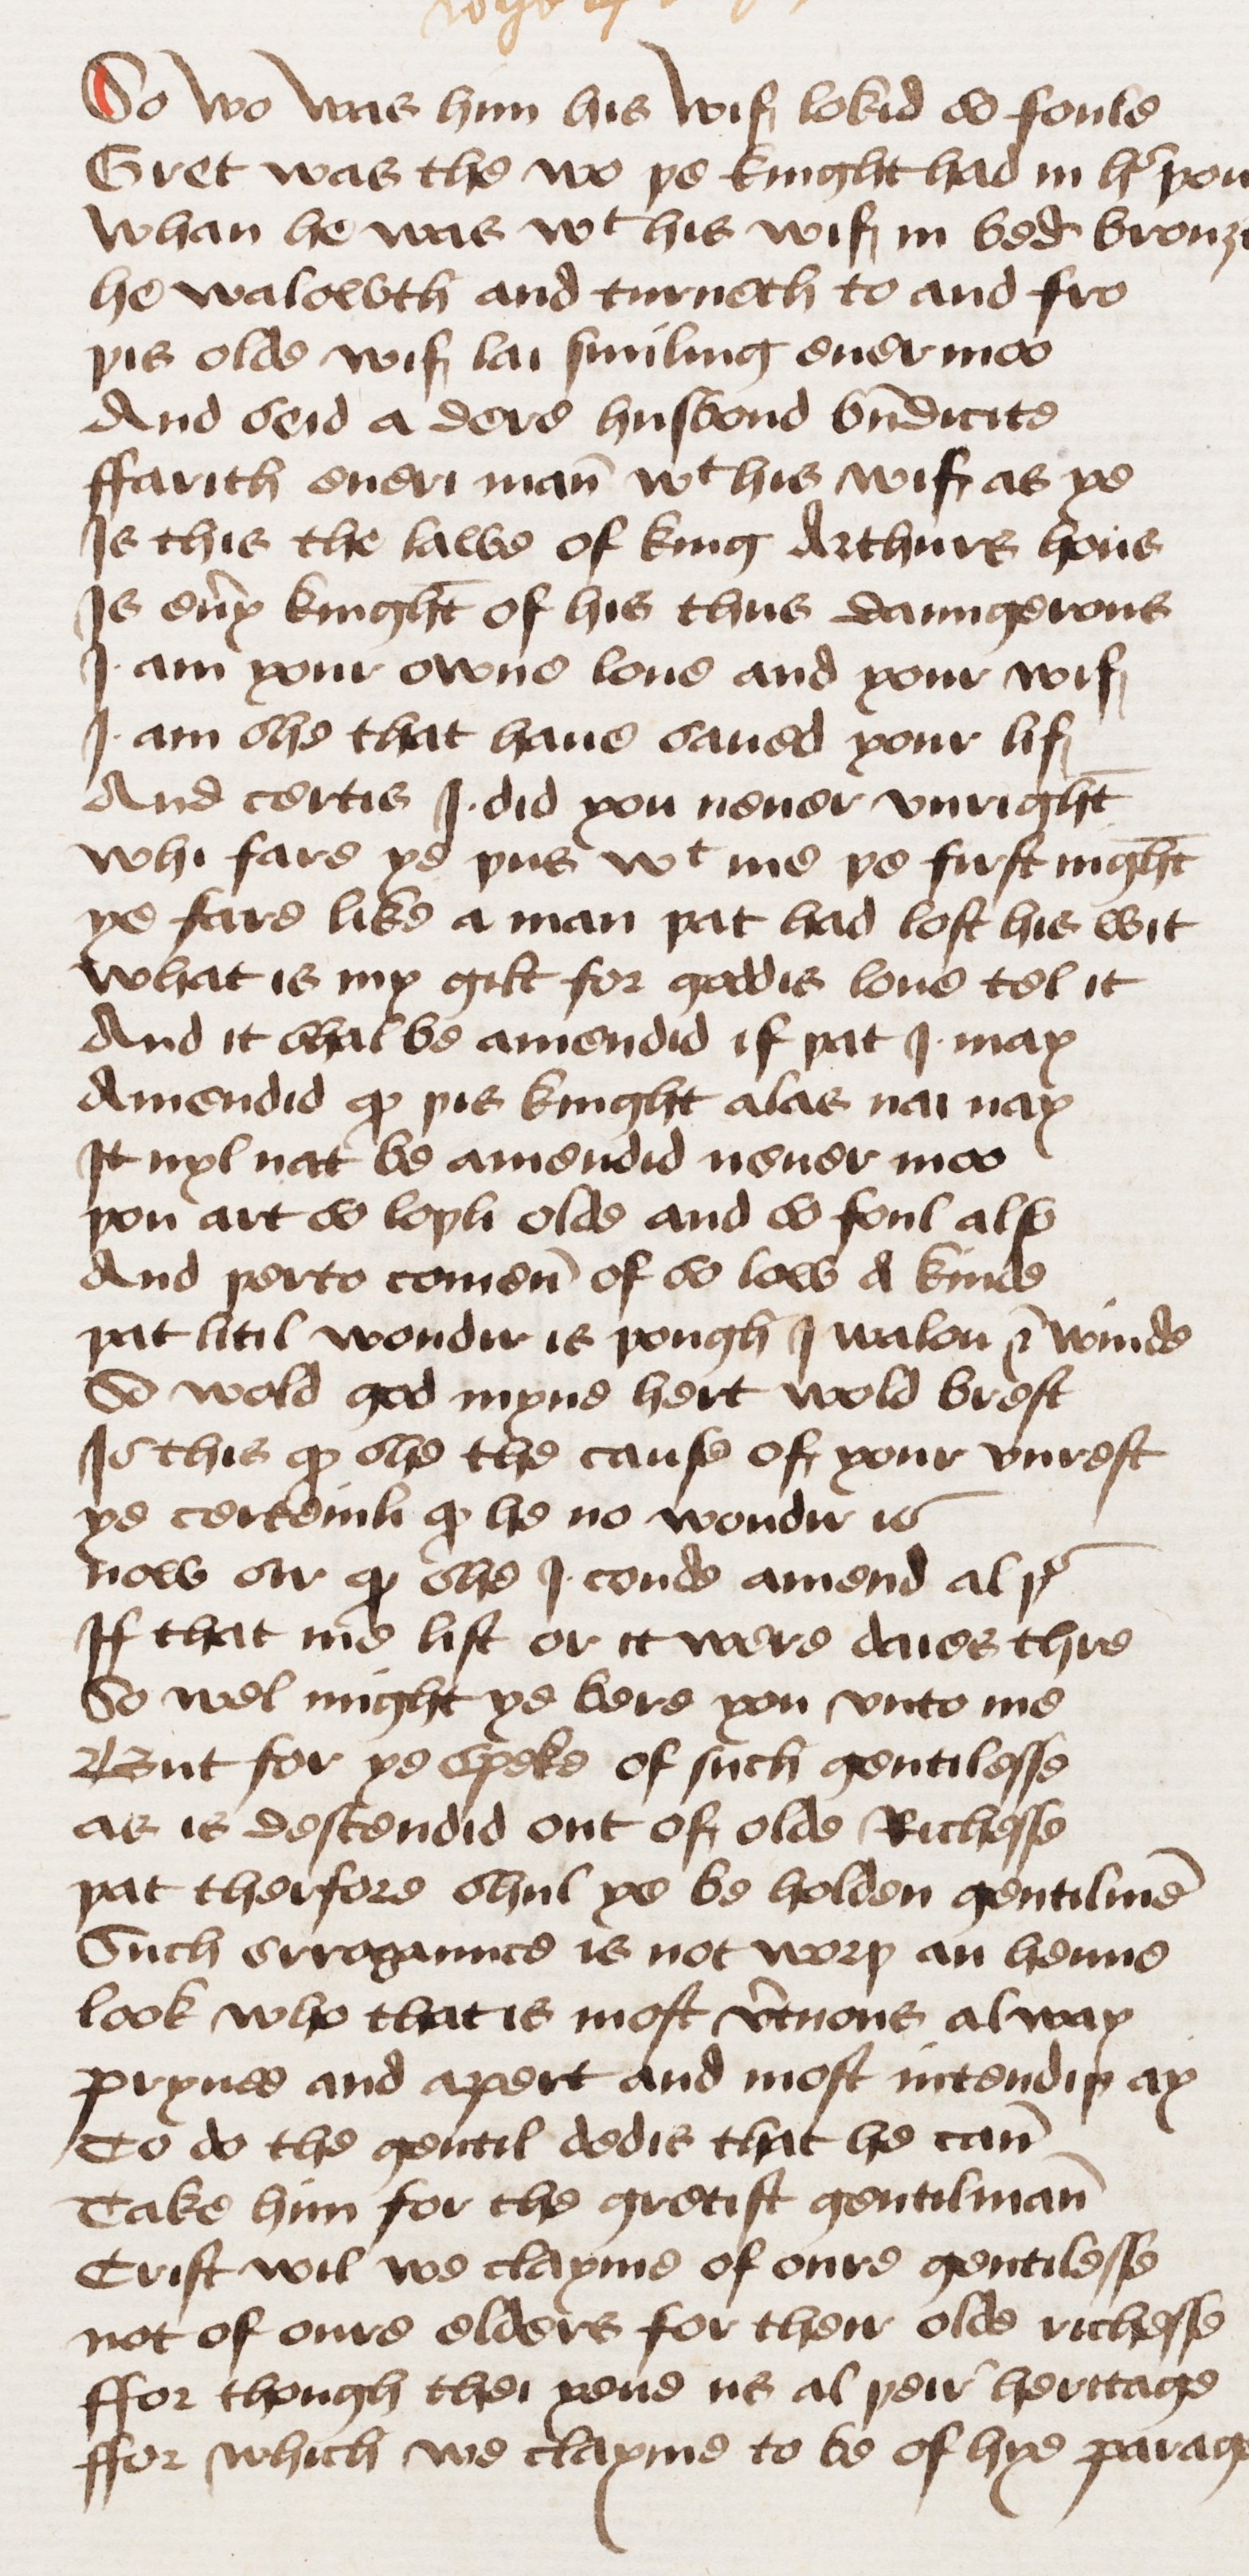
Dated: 1460–1499